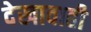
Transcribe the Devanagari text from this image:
देखावाही